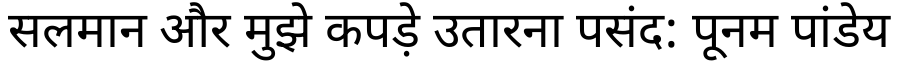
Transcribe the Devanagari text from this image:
सलमान और मुझे कपड़े उतारना पसंद: पूनम पांडेय